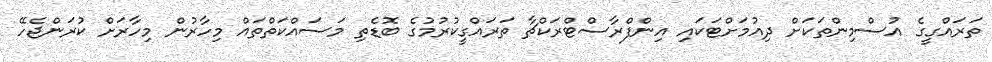
ތަރައްގީގެ އުސްމިންތަކަށް ދިއުމަށްޓަކައި އިންފްރާސްޓްރަކްޗާ ތަރައްގީކުރުމުގެ ބޮޑެތި މަސައްކަތްތައް މިހާރުން މިހާރަށް ކުރަންޖެހޭ